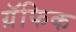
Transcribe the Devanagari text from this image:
ग्रॅफिक